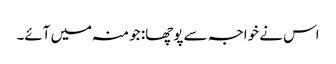
اس نے خواجہ سے پوچھا: جو منہ میں آئے۔